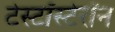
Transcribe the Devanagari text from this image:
टेस्टॉस्टेरॉन